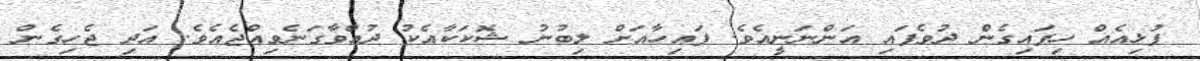
ފުޅިއެއް ހިފައިގެން ދުވެފައި އަންނަނީއެވެ. ފައިހާއަށް ލިބުނު ޝޮކަކާއެކު ދުއްވާގަނެވިއްޖެއެވެ. އަދި ޖެހިގެން